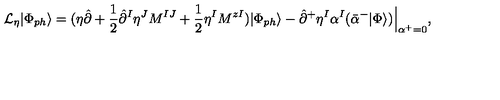
{ \cal L } _ { \eta } | \Phi _ { p h } \rangle = ( \eta \hat { \partial } + \frac { 1 } { 2 } \hat { \partial } ^ { I } \eta ^ { J } M ^ { I J } + \frac { 1 } { 2 } \eta ^ { I } M ^ { z I } ) | \Phi _ { p h } \rangle - \hat { \partial } ^ { + } \eta ^ { I } \alpha ^ { I } ( \bar { \alpha } ^ { - } | \Phi \rangle ) \Bigr | _ { \alpha ^ { + } = 0 } ^ { \vphantom { 5 p t } } ,